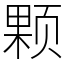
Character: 颗